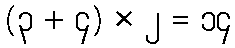
(၃ + ၄) × ၂ = ၁၄